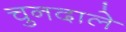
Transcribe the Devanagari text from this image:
चुनदाले